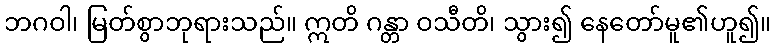
ဘဂဝါ၊ မြတ်စွာဘုရားသည်။ ဣတိ ဂန္တာ ဝသီတိ၊ သွား၍ နေတော်မူ၏ဟူ၍။